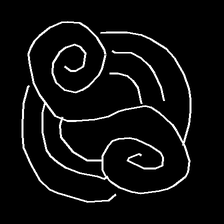
Glyph: wind-underfoot